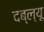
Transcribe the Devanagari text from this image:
दब्ल्यू